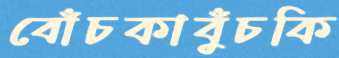
বোঁচকাবুঁচকি